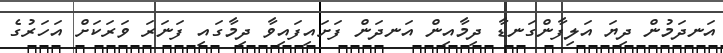
އަނދަމުން ދިޔަ އަލިފާންގަނޑާ ދިމާއިން އަނދަން ފަށައިފައިވާ ދިމާގައި ފަނަރަ ވަރަކަށް އަހަރުގެ